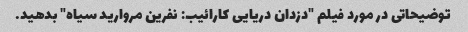
توضیحاتی در مورد فیلم "دزدان دریایی کارائیب: نفرین مروارید سیاه" بدهید.